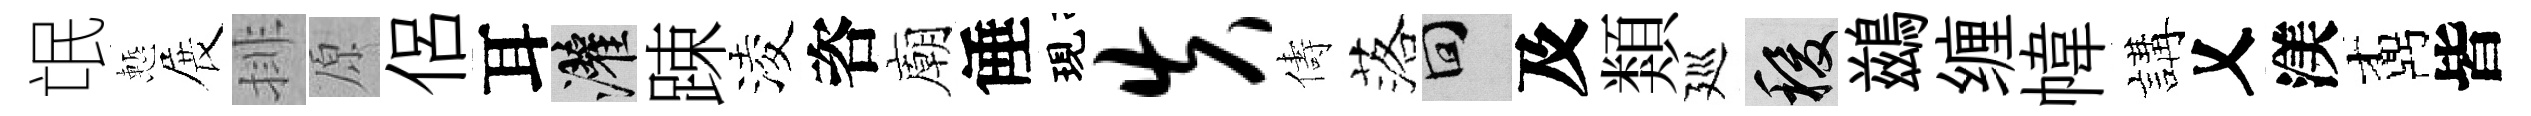
氓慙展排原侶耳灌踈淩咨廟倕現失儔落回及類廵稷鷀缠幃講乂渼鼒皆